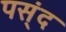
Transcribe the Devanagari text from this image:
पस्ंद